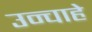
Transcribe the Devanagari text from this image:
उन्चाहे